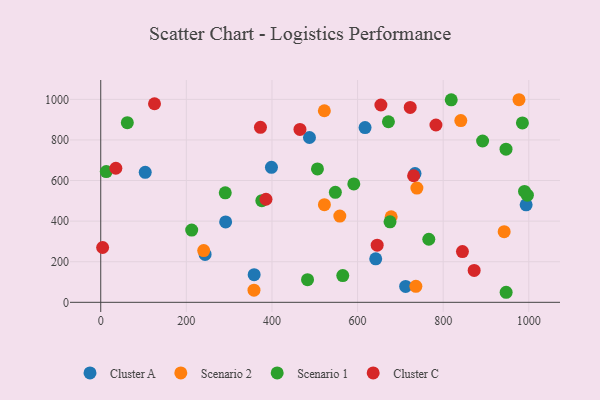
{"axis": {"x": "Study Hours", "y": "Yield"}, "legend": ["Cluster A", "Cluster C", "Scenario 1", "Scenario 2"], "data": [{"x": "617.5", "y": 860.8, "type": "Cluster A"}, {"x": "642.4", "y": 214.1, "type": "Cluster A"}, {"x": "734.2", "y": 634.4, "type": "Cluster A"}, {"x": "103.9", "y": 640.5, "type": "Cluster A"}, {"x": "243.8", "y": 235.8, "type": "Cluster A"}, {"x": "358.4", "y": 136.4, "type": "Cluster A"}, {"x": "398.8", "y": 664.9, "type": "Cluster A"}, {"x": "712.3", "y": 78.2, "type": "Cluster A"}, {"x": "291.8", "y": 395.9, "type": "Cluster A"}, {"x": "487.6", "y": 812.0, "type": "Cluster A"}, {"x": "993.8", "y": 480.2, "type": "Cluster A"}, {"x": "841.2", "y": 895.4, "type": "Scenario 2"}, {"x": "522.4", "y": 943.9, "type": "Scenario 2"}, {"x": "558.5", "y": 424.9, "type": "Scenario 2"}, {"x": "678.5", "y": 421.6, "type": "Scenario 2"}, {"x": "522.5", "y": 481.3, "type": "Scenario 2"}, {"x": "358.0", "y": 60.0, "type": "Scenario 2"}, {"x": "942.5", "y": 348.0, "type": "Scenario 2"}, {"x": "977.1", "y": 998.1, "type": "Scenario 2"}, {"x": "240.5", "y": 254.8, "type": "Scenario 2"}, {"x": "736.2", "y": 78.8, "type": "Scenario 2"}, {"x": "738.6", "y": 562.7, "type": "Scenario 2"}, {"x": "506.3", "y": 657.3, "type": "Scenario 1"}, {"x": "892.1", "y": 794.8, "type": "Scenario 1"}, {"x": "818.8", "y": 997.7, "type": "Scenario 1"}, {"x": "672.1", "y": 889.5, "type": "Scenario 1"}, {"x": "591.2", "y": 583.5, "type": "Scenario 1"}, {"x": "947.1", "y": 49.5, "type": "Scenario 1"}, {"x": "985.1", "y": 883.9, "type": "Scenario 1"}, {"x": "12.9", "y": 644.2, "type": "Scenario 1"}, {"x": "675.8", "y": 396.5, "type": "Scenario 1"}, {"x": "996.7", "y": 527.7, "type": "Scenario 1"}, {"x": "212.5", "y": 356.1, "type": "Scenario 1"}, {"x": "565.4", "y": 131.9, "type": "Scenario 1"}, {"x": "766.4", "y": 310.7, "type": "Scenario 1"}, {"x": "990.0", "y": 546.5, "type": "Scenario 1"}, {"x": "483.1", "y": 111.5, "type": "Scenario 1"}, {"x": "376.3", "y": 500.7, "type": "Scenario 1"}, {"x": "548.1", "y": 542.1, "type": "Scenario 1"}, {"x": "290.9", "y": 539.6, "type": "Scenario 1"}, {"x": "62.1", "y": 885.2, "type": "Scenario 1"}, {"x": "946.8", "y": 754.6, "type": "Scenario 1"}, {"x": "125.6", "y": 978.3, "type": "Cluster C"}, {"x": "465.4", "y": 851.9, "type": "Cluster C"}, {"x": "4.4", "y": 270.0, "type": "Cluster C"}, {"x": "723.0", "y": 960.0, "type": "Cluster C"}, {"x": "373.1", "y": 862.3, "type": "Cluster C"}, {"x": "845.0", "y": 250.2, "type": "Cluster C"}, {"x": "783.1", "y": 873.6, "type": "Cluster C"}, {"x": "35.3", "y": 660.5, "type": "Cluster C"}, {"x": "730.9", "y": 623.6, "type": "Cluster C"}, {"x": "872.4", "y": 157.1, "type": "Cluster C"}, {"x": "645.8", "y": 281.4, "type": "Cluster C"}, {"x": "386.0", "y": 507.7, "type": "Cluster C"}, {"x": "654.5", "y": 972.0, "type": "Cluster C"}]}